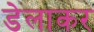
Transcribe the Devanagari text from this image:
डेलाकर